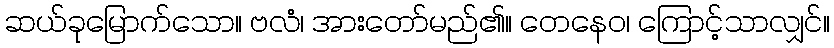
ဆယ်ခုမြောက်သော။ ဗလံ၊ အားတော်မည်၏။ တေနေဝ၊ ကြောင့်သာလျှင်။